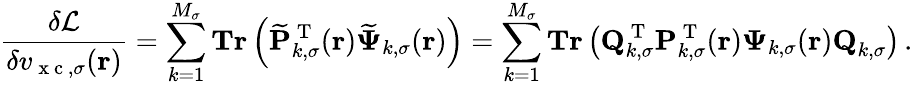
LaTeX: \frac{\delta\mathcal{L}}{\delta v_{\mathrm{~x~c~},\sigma}(\boldsymbol{\textbf{r}})}=\sum_{k=1}^{M_{\sigma}}\textbf{Tr}\left(\mathbf{\widetilde{P}}_{k,\sigma}^{\mathrm{~T~}}(\boldsymbol{\textbf{r}})\boldsymbol{\widetilde{\Psi}}_{k,\sigma}(\boldsymbol{\textbf{r}})\right)=\sum_{k=1}^{M_{\sigma}}\textbf{Tr}\left(\textbf{Q}_{k,\sigma}^{\mathrm{~T~}}\mathbf{P}_{k,\sigma}^{\mathrm{~T~}}(\boldsymbol{\textbf{r}})\boldsymbol{\Psi}_{k,\sigma}(\boldsymbol{\textbf{r}})\textbf{Q}_{k,\sigma}\right)\, .